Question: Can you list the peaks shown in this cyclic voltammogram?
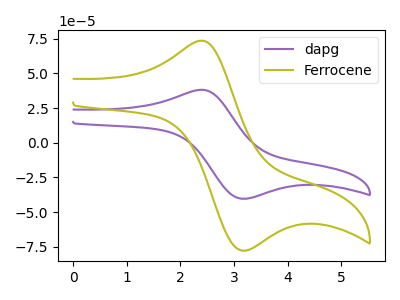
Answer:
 <answer>The purple curve "dapg" has an anodic peak at (2.35V, 38.20uA) and a cathodic peak at (3.20V, -40.35uA). The olive curve "Ferrocene" has an anodic peak at (2.35V, 73.60uA) and a cathodic peak at (3.20V, -77.80uA).</answer>
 <eval></eval>